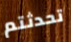
تحدثتم